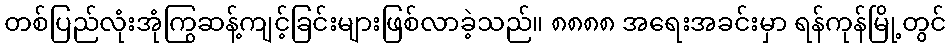
တစ်ပြည်လုံးအုံကြွဆန့်ကျင့်ခြင်းများဖြစ်လာခဲ့သည်။ ၈၈၈၈ အရေးအခင်းမှာ ရန်ကုန်မြို့တွင်